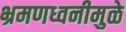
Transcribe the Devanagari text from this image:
भ्रमणध्वनीमुळे